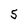
Character: S